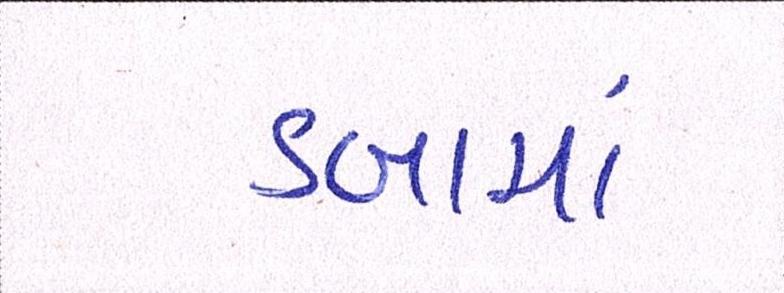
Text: ડબામાં